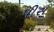
પીસ